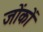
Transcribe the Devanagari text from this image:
जोंकों